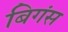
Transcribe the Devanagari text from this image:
बिगंस